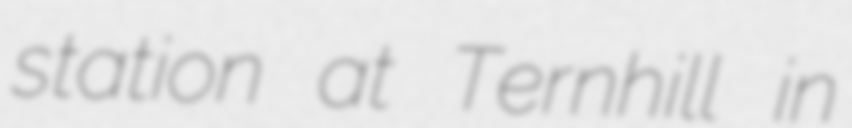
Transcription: station at Ternhill in